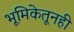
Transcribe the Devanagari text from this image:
भूमिकेतूनही